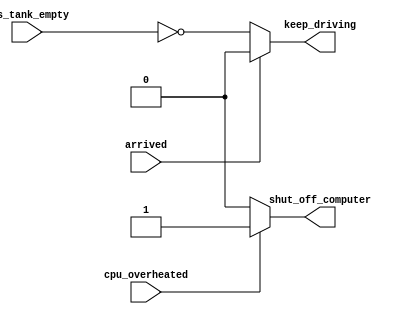
module always_if2 (
  input cpu_overheated,
  output reg shut_off_computer,
  input arrived,
  input gas_tank_empty,
  output reg keep_driving

);

  always @(*) begin
    if (cpu_overheated)
      shut_off_computer = 1;
    else
      shut_off_computer = 0;
  end

  always @(*) begin
    if (~arrived)
      keep_driving = !gas_tank_empty;
    else
      keep_driving = 1'b0;
  end

endmodule